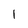
Character: 1